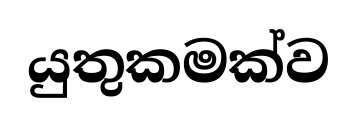
යුතුකමක්ව